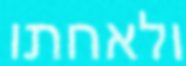
ולאחתו